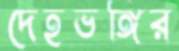
দেহভঙ্গির